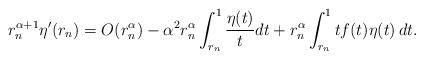
LaTeX: \begin{align*}r_n^{\alpha+1}\eta'(r_n)=O(r_n^{\alpha})-\alpha^2 r_n^\alpha\int_{r_n}^1\frac{\eta(t)}{t}dt+r_n^\alpha\int_{r_n}^1 t f(t)\eta(t)\,dt.\end{align*}